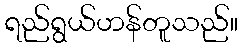
ရည်ရွယ်ဟန်တူသည်။